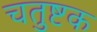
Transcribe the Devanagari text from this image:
चतुष्टक